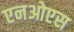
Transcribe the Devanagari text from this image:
एनओएस